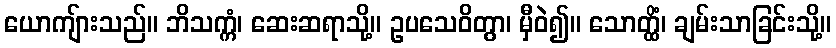
ယောကျ်ားသည်။ ဘိသက္ကံ၊ ဆေးဆရာသို့။ ဥပသေဝိတွာ၊ မှီဝဲ၍။ သောတ္ထိံ၊ ချမ်းသာခြင်းသို့။